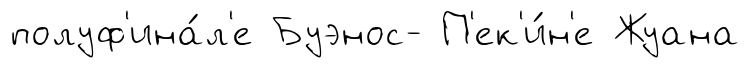
полуф'ина́л'е Буэнос- П'ек'и́н'е Жуана